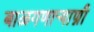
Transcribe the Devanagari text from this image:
बाळगणार्‍याण्नी